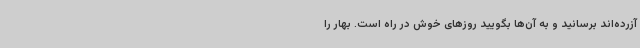
آزرده‌اند برسانید و به آن‌ها بگویید روزهای خوش در راه است. بهار را